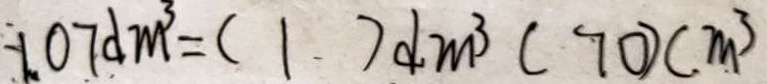
1 . 0 7 d m ^ { 3 } = ( 1 ) d m ^ { 3 } ( 7 0 ) ( m ^ { 3 } )